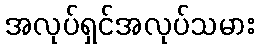
အလုပ်ရှင်အလုပ်သမား